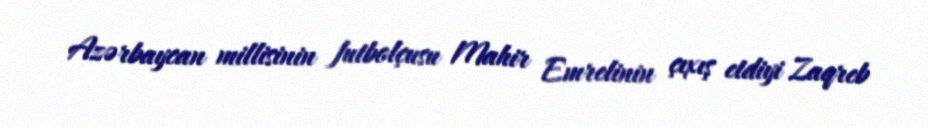
Azərbaycan millisinin futbolçusu Mahir Emrelinin çıxış etdiyi Zaqreb